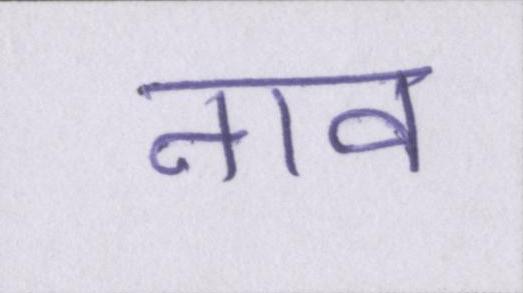
नाव